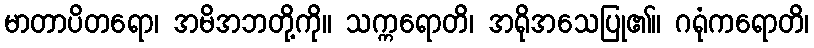
မာတာပိတရော၊ အမိအဘတို့ကို။ သက္ကရောတိ၊ အရိုအသေပြု၏။ ဂရုံကရောတိ၊